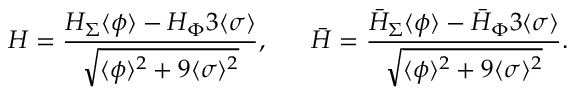
H = { \frac { H _ { \Sigma } \langle \phi \rangle - H _ { \Phi } 3 \langle \sigma \rangle } { \sqrt { \langle \phi \rangle ^ { 2 } + 9 \langle \sigma \rangle ^ { 2 } } } } , ~ ~ ~ ~ ~ \bar { H } = { \frac { \bar { H } _ { \Sigma } \langle \phi \rangle - \bar { H } _ { \Phi } 3 \langle \sigma \rangle } { \sqrt { \langle \phi \rangle ^ { 2 } + 9 \langle \sigma \rangle ^ { 2 } } } } .